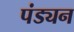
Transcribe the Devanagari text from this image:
पंड्यन